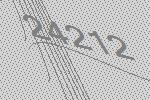
24212